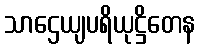
သာဌေယျပရိယုဋ္ဌိတေန